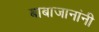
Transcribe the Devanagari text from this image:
बाबाजानांनी